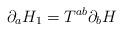
LaTeX: \begin{align*}\partial_a H_1 = T^{ab} \partial_b H\end{align*}